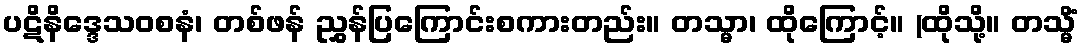
ပဋိနိဒ္ဒေသဝစနံ၊ တစ်ဖန် ညွှန်ပြကြောင်းစကားတည်း။ တသ္မာ၊ ထိုကြောင့်။ (ထိုသို့။ တသ္မိံ